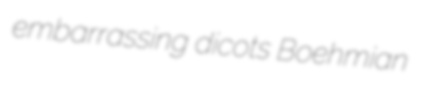
embarrassing dicots Boehmian